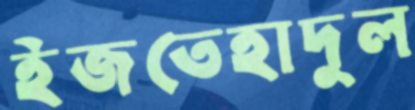
ইজতেহাদুল